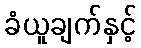
ခံယူချက်နှင့်